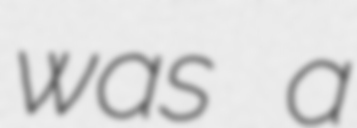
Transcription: was a